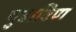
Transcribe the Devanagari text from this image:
पुत्राविण